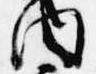
内